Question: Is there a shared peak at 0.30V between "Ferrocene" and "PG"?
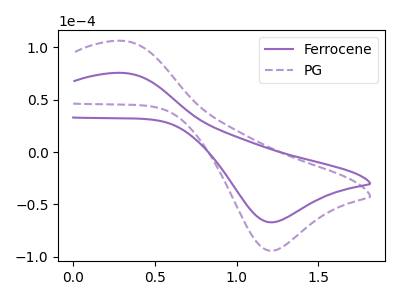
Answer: <think>The purple curve "Ferrocene" has an anodic peak at (0.30V, 75.60uA) and a cathodic peak at (1.20V, -67.00uA). The purple dashed curve "PG" has an anodic peak at (0.30V, 106.25uA) and a cathodic peak at (1.20V, -94.10uA).</think>
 <answer>Yes, "Ferrocene" and "PG" share a peak at 0.30V.</answer>
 <eval>match</eval>